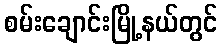
စမ်းချောင်းမြို့နယ်တွင်